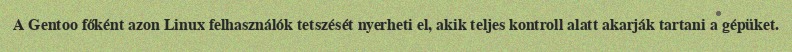
A Gentoo főként azon Linux felhasználók tetszését nyerheti el, akik teljes kontroll alatt akarják tartani a gépüket.